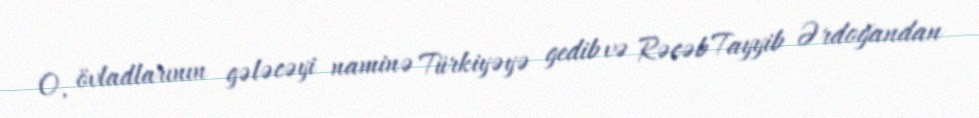
O, övladlarının gələcəyi naminə Türkiyəyə gedib və Rəcəb Tayyib Ərdoğandan